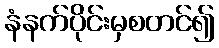
နံနက်ပိုင်းမှစတင်၍